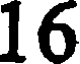
16